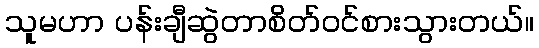
သူမဟာ ပန်းချီဆွဲတာစိတ်ဝင်စားသွားတယ်။